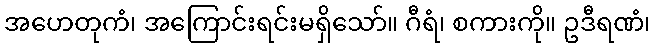
အဟေတုကံ၊ အကြောင်းရင်းမရှိသော်။ ဂီရံ၊ စကားကို။ ဥဒီရဏံ၊